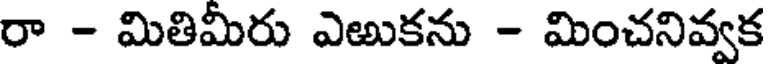
రా - మితిమీరు ఎఱుకను - మించనివ్వక